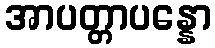
အာပတ္တာပန္နော